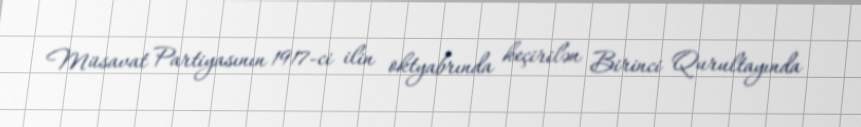
Müsavat Partiyasının 1917-ci ilin oktyabrında keçirilən Birinci Qurultayında